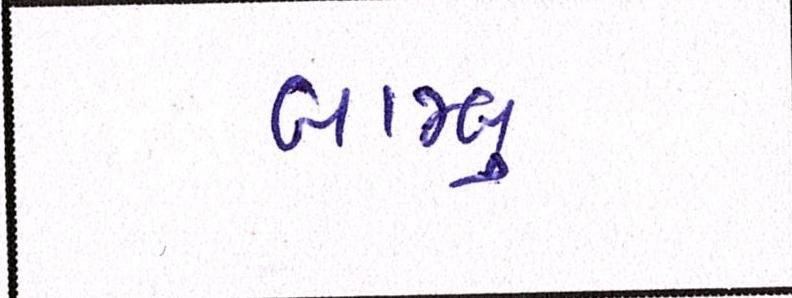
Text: બામ્બુ